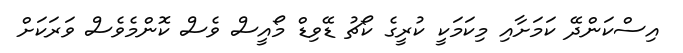
އިސްކަންދޭ ކަމަށާއި މިކަމަކީ ކުރީގެ ކޯޗު ޑޭވިޑް މޯއީސް ވެސް ކޮންމެވެސް ވަރަކަށް